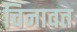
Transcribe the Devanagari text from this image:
चिनावत